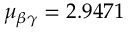
\mu _ { \beta \gamma } = 2 . 9 4 7 1